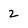
Character: 2